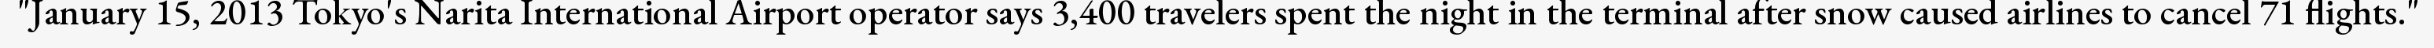
"January 15, 2013 Tokyo's Narita International Airport operator says 3,400 travelers spent the night in the terminal after snow caused airlines to cancel 71 flights."